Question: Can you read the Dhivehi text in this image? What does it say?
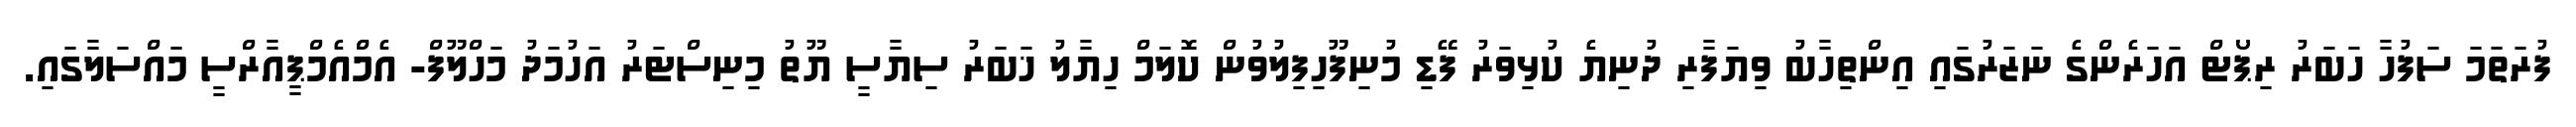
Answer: ފުރަތަމަ ސަފުހާ ހަބަރު ރިޕޯޓް އަހަރެންގެ ނަޒަރުގައި އިންތިހާބު ވިޔަފާރި ދުނިޔެ ކުޅިވަރު ފޭޑި މުނިފޫހިފިލުވުން ކޮލަމް ހިޔާލު ޚަބަރު ސިޔާސީ ޔޫތު މިނިސްޓަރު އަހުމަދު މަހްލޫފް- އެމްއެމްޕީއާރްސީ މައްސަލާގައި.